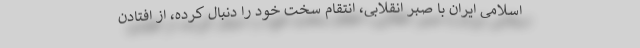
اسلامی ایران با صبر انقلابی، انتقام سخت خود را دنبال کرده، از افتادن